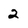
Character: 2